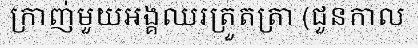
ក្រាញ់មួយអង្គឈរត្រួតត្រា (ជួនកាល